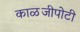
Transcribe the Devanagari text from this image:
काळजीपोटी